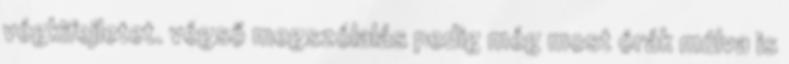
végkifejletet. végső megszólalás pedig még most órák múlva is